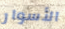
الأسوار